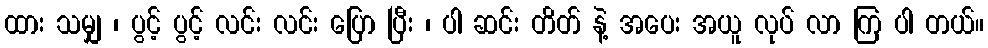
ထား သမျှ ၊ ပွင့် ပွင့် လင်း လင်း ပြော ပြီး ၊ ပါ ဆင်း တိတ် နဲ့ အပေး အယူ လုပ် လာ ကြ ပါ တယ်။